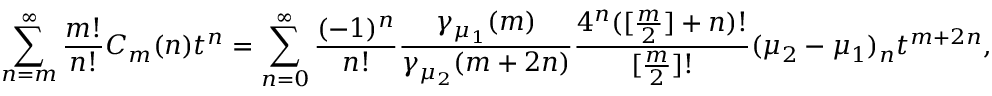
\sum _ { n = m } ^ { \infty } \frac { m ! } { n ! } C _ { m } ( n ) t ^ { n } = \sum _ { n = 0 } ^ { \infty } { \frac { ( - 1 ) ^ { n } } { n ! } } { \frac { \gamma _ { \mu _ { 1 } } ( m ) } { \gamma _ { \mu _ { 2 } } ( m + 2 n ) } } { \frac { 4 ^ { n } ( [ \frac { m } { 2 } ] + n ) ! } { [ \frac { m } { 2 } ] ! } } ( \mu _ { 2 } - \mu _ { 1 } ) _ { n } t ^ { m + 2 n } ,